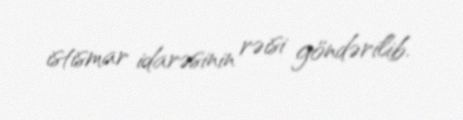
istismar idarəsinin rəisi göndərilib.